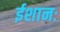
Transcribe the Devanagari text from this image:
ईशानः